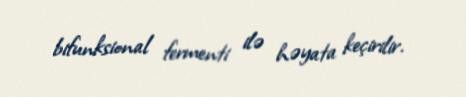
bifunksional fermenti ilə həyata keçirilir.